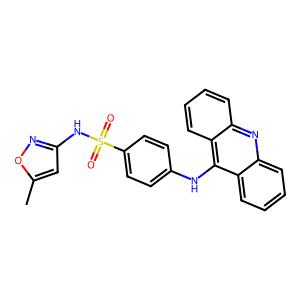
SMILES: Cc1cc(NS(=O)(=O)c2ccc(Nc3c4ccccc4nc4ccccc34)cc2)no1
Inhibits HIV replication: No